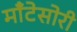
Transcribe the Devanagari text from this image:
माँटेसोरी